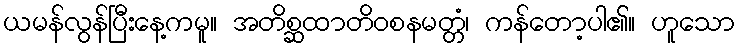
ယမန်လွန်ပြီးနေ့ကမူ။ အတိစ္ဆထာတိဝစနမတ္တံ၊ ကန်တော့ပါ၏။ ဟူသော